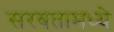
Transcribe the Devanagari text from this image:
सरबतामध्ये